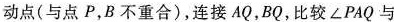
动点(与点P，B不重合)，连接AQ，BQ，比较\angle PAQ与